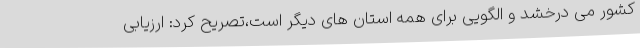
کشور می درخشد و الگویی برای همه‌ استان های دیگر است،تصریح کرد: ارزیابی